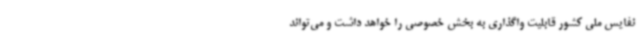
نفایس ملی کشور قابلیت واگذاری به بخش خصوصی را خواهد داشت و می‌تواند